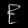
Digit: ၉